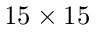
1 5 \times 1 5